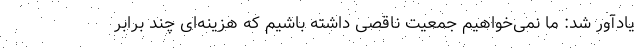
یادآور شد: ما نمی‌خواهیم جمعیت ناقصی داشته باشیم که هزینه‌ای چند برابر